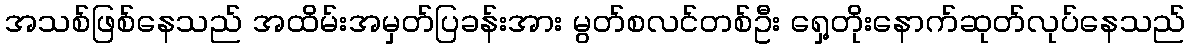
အသစ်ဖြစ်နေသည် အထိမ်းအမှတ်ပြခန်းအား မွတ်စလင်တစ်ဦး ရှေ့တိုးနောက်ဆုတ်လုပ်နေသည်